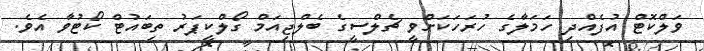
ވަލްކޮޓް އުފެއްދި ހަމަލާގެ ހުރަހަކަށްވީ ޗެލްސީގެ ބެލްޖިއަމް ގޯލްކީޕަރު ތިބައުޓް ކޯޓުވާ އެވެ.